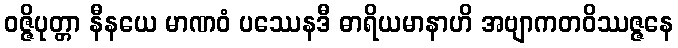
ဝဇ္ဇိပုတ္တာ နီနယေ မာဏဝံ ပဿေနဒီ ဓာရိယမာနာဟိ အဗျာကတဝိဿဇ္ဇနေ